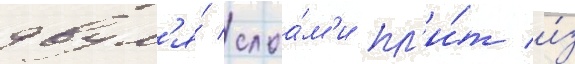
двум'я́ слоа́м'и пл'и́т и́з